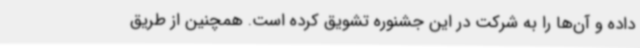
داده و آن‌ها را به شرکت در این جشنوره تشویق کرده است. همچنین از طریق